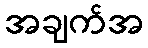
အချက်အ